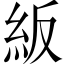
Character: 𥾵